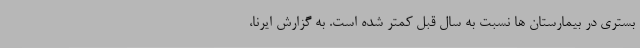
بستری در بیمارستان ها نسبت به سال قبل کمتر شده است. به گزارش ایرنا،